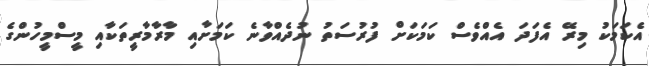
އެކަމަކު މިރޭ އެފަދަ އެއްވެސް ކަމަކަށް ފުރުސަތު ނުދެއްވާނެ ކަމަށާއި މާރާމާރީތަކާއި މީސްމީހުންގެ